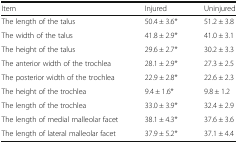
<table><thead><tr><td><b>Item</b></td><td><b>Injured</b></td><td><b>Uninjured</b></td></tr></thead><tbody><tr><td>The length of the talus</td><td>50.4 ± 3.6*</td><td>51.2 ± 3.8</td></tr><tr><td>The width of the talus</td><td>41.8 ± 2.9*</td><td>41.0 ± 3.1</td></tr><tr><td>The height of the talus</td><td>29.6 ± 2.7*</td><td>30.2 ± 3.3</td></tr><tr><td>The anterior width of the trochlea</td><td>28.1 ± 2.9*</td><td>27.3 ± 2.5</td></tr><tr><td>The posterior width of the trochlea</td><td>22.9 ± 2.8*</td><td>22.6 ± 2.3</td></tr><tr><td>The height of the trochlea</td><td>9.4 ± 1.6*</td><td>9.8 ± 1.2</td></tr><tr><td>The length of the trochlea</td><td>33.0 ± 3.9*</td><td>32.4 ± 2.9</td></tr><tr><td>The length of medial malleolar facet</td><td>38.1 ± 4.3*</td><td>37.6 ± 3.6</td></tr><tr><td>The length of lateral malleolar facet</td><td>37.9 ± 5.2*</td><td>37.1 ± 4.4</td></tr></tbody></table>